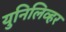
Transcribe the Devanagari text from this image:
युनिलिव्हर